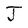
Character: J